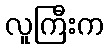
လူကြီးက